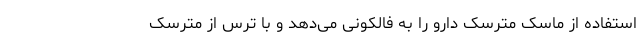
استفاده از ماسک مترسک دارو را به فالکونی می‌دهد و با ترس از مترسک